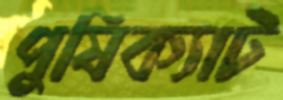
পুষিক্যাট